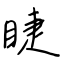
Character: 睫